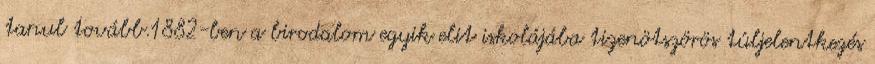
tanul tovább.1882-ben a birodalom egyik elit iskolájába tizenötszörös túljelentkezés